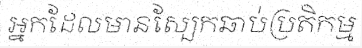
អ្នកដែលមានស្បែកឆាប់ប្រតិកម្ម